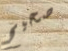
صحيح